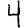
Digit: 4